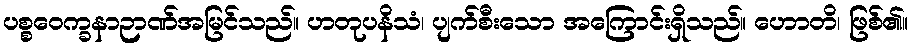
ပစ္စဝေက္ခနာဉာဏ်အမြင်သည်။ ဟတုပနိသံ၊ ပျက်စီးသော အကြောင်းရှိသည်။ ဟောတိ၊ ဖြစ်၏။